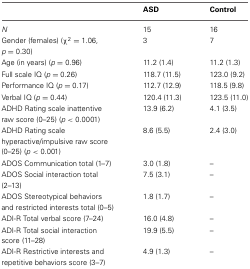
<table><thead><tr><td></td><td><b>ASD</b></td><td><b>Control</b></td></tr></thead><tbody><tr><td><i>N</i></td><td>15</td><td>16</td></tr><tr><td>Gender (females) (χ<sup>2</sup> = 1.06, <i>p</i> = 0.30)</td><td>3</td><td>7</td></tr><tr><td>Age (in years) (<i>p</i> = 0.96)</td><td>11.2 (1.4)</td><td>11.2 (1.3)</td></tr><tr><td>Full scale IQ (<i>p</i> = 0.26)</td><td>118.7 (11.5)</td><td>123.0 (9.2)</td></tr><tr><td>Performance IQ (<i>p</i> = 0.17)</td><td>112.7 (12.9)</td><td>118.5 (9.8)</td></tr><tr><td>Verbal IQ (<i>p</i> = 0.44)</td><td>120.4 (11.3)</td><td>123.5 (11.0)</td></tr><tr><td>ADHD Rating scale inattentive raw score (0–25) (<i>p</i> &lt; 0.0001)</td><td>13.9 (6.2)</td><td>4.1 (3.5)</td></tr><tr><td>ADHD Rating scale hyperactive/impulsive raw score (0–25) (<i>p</i> &lt; 0.001)</td><td>8.6 (5.5)</td><td>2.4 (3.0)</td></tr><tr><td>ADOS Communication total (1–7)</td><td>3.0 (1.8)</td><td>–</td></tr><tr><td>ADOS Social interaction total (2–13)</td><td>7.5 (3.1)</td><td>–</td></tr><tr><td>ADOS Stereotypical behaviors and restricted interests total (0–5)</td><td>1.8 (1.7)</td><td>–</td></tr><tr><td>ADI-R Total verbal score (7–24)</td><td>16.0 (4.8)</td><td>–</td></tr><tr><td>ADI-R Total social interaction score (11–28)</td><td>19.9 (5.5)</td><td>–</td></tr><tr><td>ADI-R Restrictive interests and repetitive behaviors score (3–7)</td><td>4.9 (1.3)</td><td>–</td></tr></tbody></table>